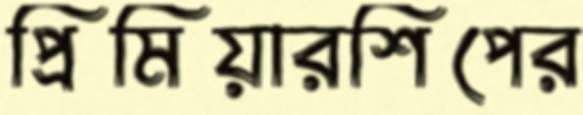
প্রিমিয়ারশিপের